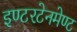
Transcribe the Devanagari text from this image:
इण्टरटेनमेण्ट